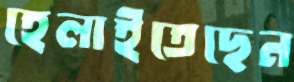
হেলাইতেছেন